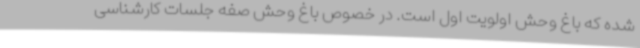
شده که باغ وحش اولویت اول است. در خصوص باغ وحش صفه جلسات کارشناسی